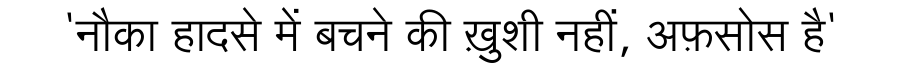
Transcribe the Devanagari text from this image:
'नौका हादसे में बचने की ख़ुशी नहीं, अफ़सोस है'